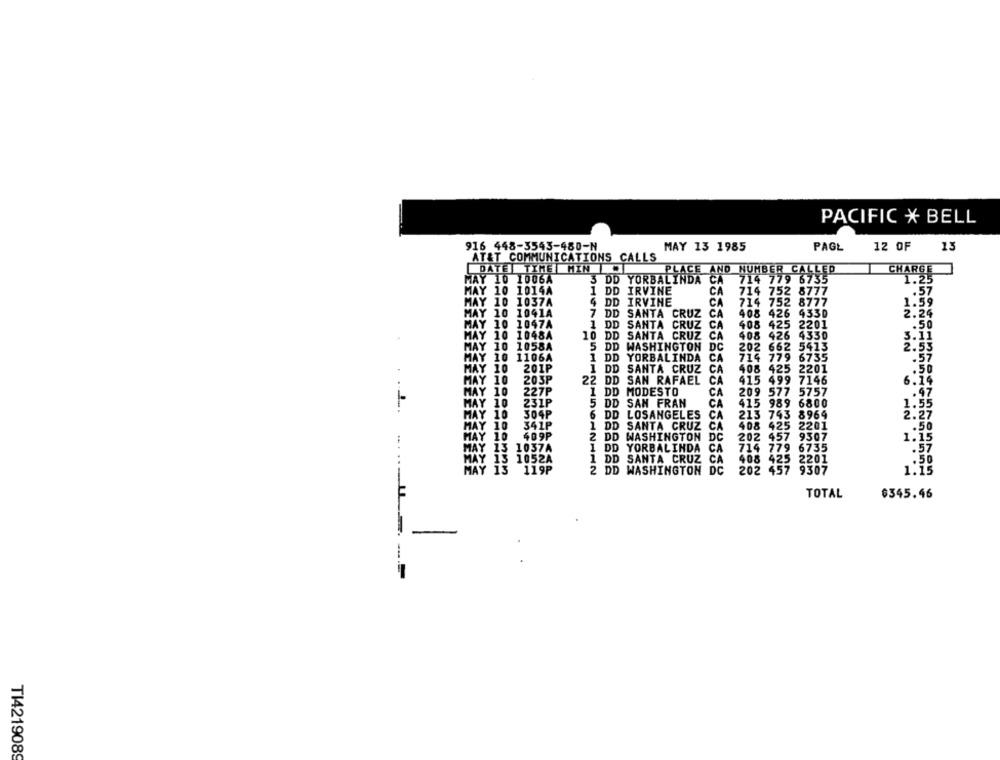
PACIFIC * BELL
916 448-3543-480-N
MAY 13 1985
PAGE
12 OF
13
AT&T COMMUNICATIONS CALLS
DATETIME HINDI
PLACE AND NUMBER CALLED
CHARGE
MAY 10 1006A
3 DD YORBALINDA CA
714 779 6735
1.25
MAY 10
1014A
CA
1 DD IRVINE
714 752
8777
.57
MAY
10
1037A
4 DD IRVINE
CA
714 752 8777
1.59
MAY 10
CA
1041A
7 DD
SANTA CRUZ
408
426 4330
2.24
MAY
10
1047A
1 DD
SANTA CRUZ
CA
408 425 2201
.50
MAY
10
1048A
10 DD
SANTA CRUZ
408 426 4330
3.11
MAY
10
1058A
5 DD WASHINGTON DC
202 662 5413
2.53
AY
:10
1106A
1 DD YORBALINDA CA
714 779
6735
.57
HAY
201P
10
1 DD SANTA CRUZ
CA
408 425 2201
.50
10
203P
22 DD SAN RAFAEL
CA
415 499 7146
6.14
10
227P
1 DD MODESTO
CA
209 577 5757
.47
10
231P
5 DD SAN FRAN
415 989 6800
1.55
MAY
10
504P
6 DD LOSANGELES
CA
213 743
8964
2.27
MAY
341P
1 DD SANTA CRUZ CA
408 425 2201
409P
2 DD WASHINGTON DC
202 457
9307
1037A
1 DD YORBALINDA
CA
714 779 6735
.57
052A
1 DD SANTA CRUZ CA
408 425 2201
MA
119P
2 DD WASHINGTON DC
202 457 9307
9307
TOTAL
$345.46
T14219089